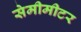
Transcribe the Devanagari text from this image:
सेमीमीटर